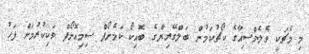
މި މެޗަކީ ވެލެންސިއާގެ ކޯޗުކަމުން ބަލްގޭރިޔާގެ ބޮއިކޯ ކަމެނޯފް ސިމިއޮނޯފް ވަކިކުރުމަށް ފަހު